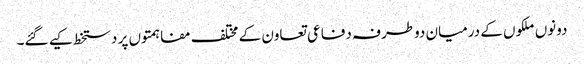
دونوں ملکوں کے درمیان دوطرفہ دفاعی تعاون کے مختلف مفاہمتوں پر دستخط کیے گئے۔